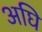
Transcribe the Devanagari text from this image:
अघि